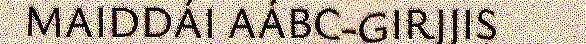
MAIDDÁI AÁBC-GIRJJIS